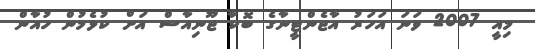
މިއީ 2007 ވަނަ އަހަރު އާޖެންޓީނާގެ ބޮކާ ޖޫނިއާސް އަށް ކުޅެމުން ހުއާން